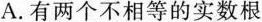
A. 有两个不相等的实数根